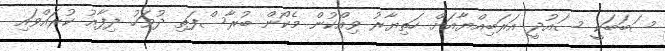
ސަބަބަކީ ސައުދީ އަރަބިއްޔާއަށް ހަތިޔާރު ވިއްކުން މެކޯން ބުރާސްފަތި ދުވަހު ދިފާއު ކުރައްވައި